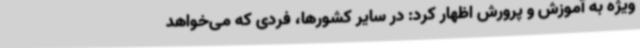
ویژه به آموزش و پرورش اظهار کرد: در سایر کشورها، فردی که می‌خواهد